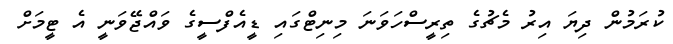
ކުރަމުން ދިޔަ އިރު މެޗުގެ ތިރީސްހަވަނަ މިނިޓްގައި ޑީއެފްސީގެ ވައްޖޭވަނީ އެ ޓީމަށް